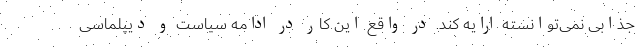
جذابی نمی‌توانسته ارایه کند. در واقع این کار در ادامه سیاست و دیپلماسی